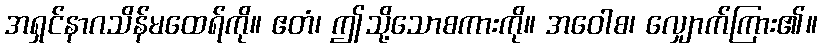
အရှင်နာဂသိန်မထေရ်ကို။ ဧတံ၊ ဤသို့သောစကားကို။ အဝေါစ၊ လျှောက်ကြား၏။